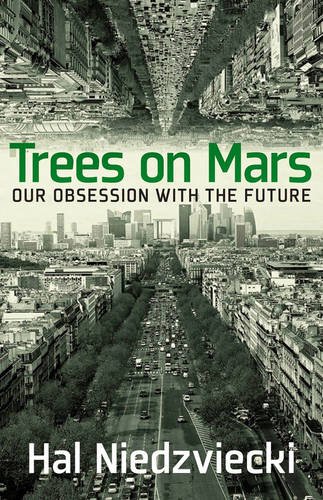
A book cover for Trees on Mars: Our Obsession with the Future; Hal Niedzviecki; Business & Money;